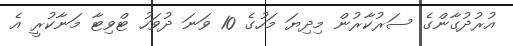
އުރުދުގާންގެ ސަރުކާރުން މިދިޔަ މަހުގެ 10 ވަނަ ދުވަހު ޓްވިޓާ މަނާކުރީ އެ